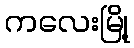
ကလေးမြို့